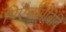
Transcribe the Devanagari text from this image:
पिऐचपिबिबि